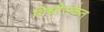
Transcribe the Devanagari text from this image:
विधीसंकेत